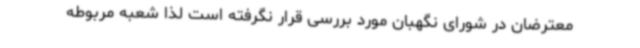
معترضان در شورای نگهبان مورد بررسی قرار نگرفته است لذا شعبه مربوطه